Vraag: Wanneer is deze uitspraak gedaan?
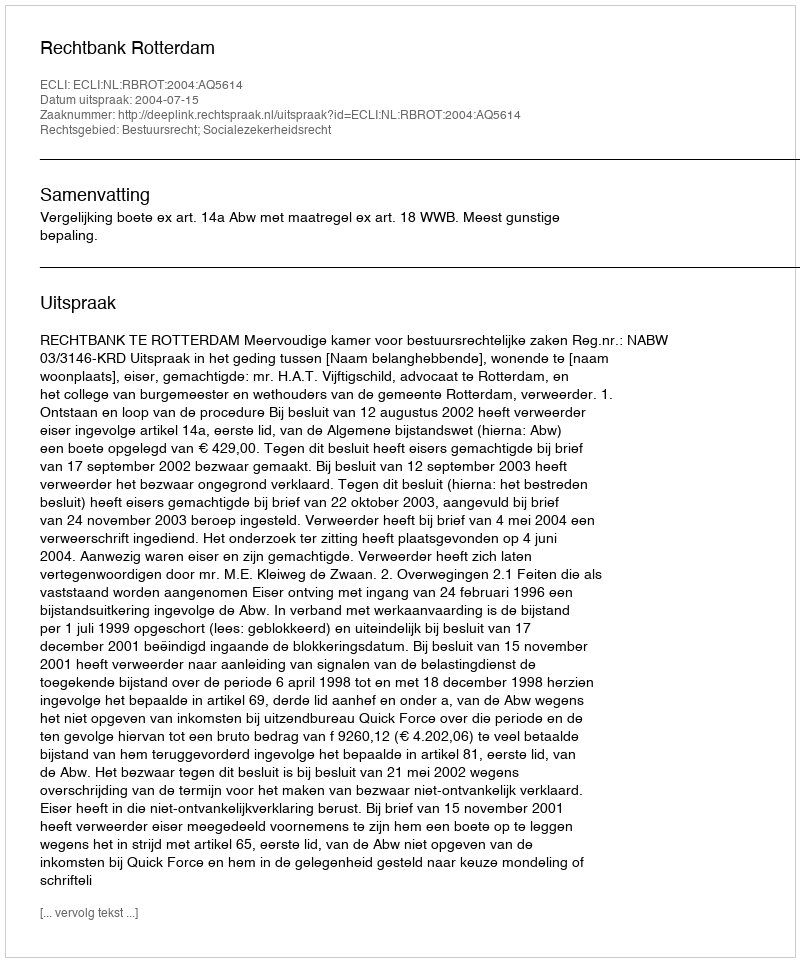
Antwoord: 2004-07-15